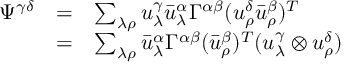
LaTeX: \begin{array} { l l l l } { { \Psi ^ { \gamma \delta } } } & { { = } } & { { \sum _ { \lambda \rho } u _ { \lambda } ^ { \gamma } { \bar { u } _ { \lambda } ^ { \alpha } } \Gamma ^ { \alpha \beta } ( u _ { \rho } ^ { \delta } { \bar { u } _ { \rho } ^ { \beta } } ) ^ { T } } } \\ { { } } & { { = } } & { { \sum _ { \lambda \rho } { \bar { u } _ { \lambda } ^ { \alpha } } \Gamma ^ { \alpha \beta } ( { \bar { u } _ { \rho } ^ { \beta } } ) ^ { T } ( u _ { \lambda } ^ { \gamma } \otimes u _ { \rho } ^ { \delta } ) } } \end{array}